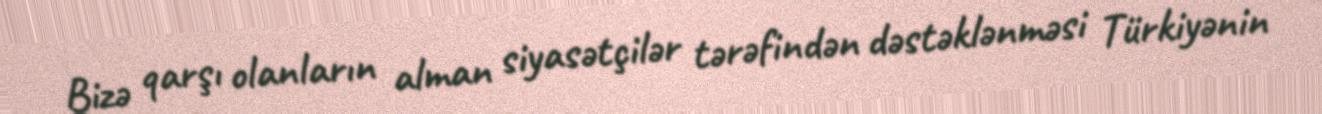
Bizə qarşı olanların alman siyasətçilər tərəfindən dəstəklənməsi Türkiyənin